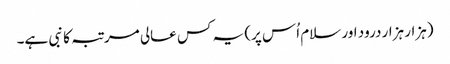
(ہزار ہزار درود اور سلام اُس پر) یہ کس عالی مرتبہ کا نبی ہے۔